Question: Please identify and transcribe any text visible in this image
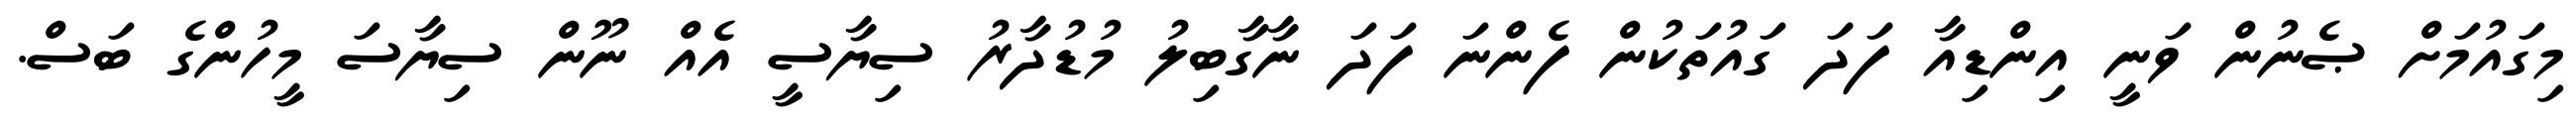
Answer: މިގައުމަށް ޞެނުން ވަނީ އިންޑިއާ ފަދަ ގައުތަކުން ފެންނަ ފަދަ ނާގާބިލު މުޑުދާރު ސިޔާސީ އެއް ނޫން ސިޔާސަ މީހުންގެ ބަސް.